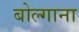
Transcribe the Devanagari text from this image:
बोल्गाना